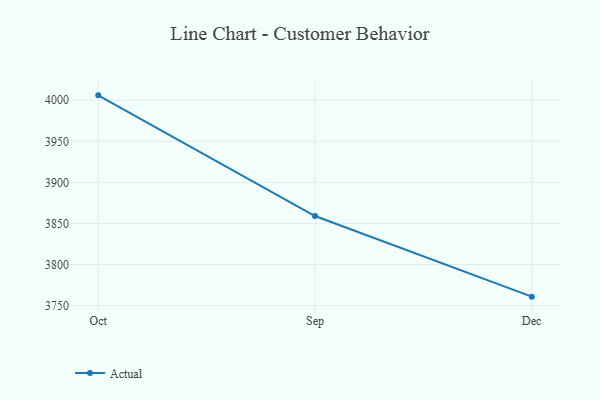
{"axis": {"x": "Month", "y": "Waste Production (Tons)"}, "legend": ["Actual"], "data": [{"x": "Oct", "y": 4006.0, "type": "Actual"}, {"x": "Sep", "y": 3859.0, "type": "Actual"}, {"x": "Dec", "y": 3760.8, "type": "Actual"}]}